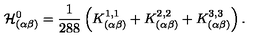
\mathcal { H } _ { ( \alpha \beta ) } ^ { 0 } = \frac { 1 } { 2 8 8 } \left( K _ { ( \alpha \beta ) } ^ { 1 , 1 } + K _ { ( \alpha \beta ) } ^ { 2 , 2 } + K _ { ( \alpha \beta ) } ^ { 3 , 3 } \right) .